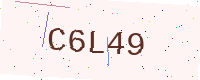
Text: C6L49